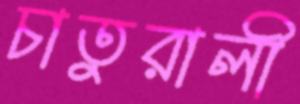
চাতুরালী